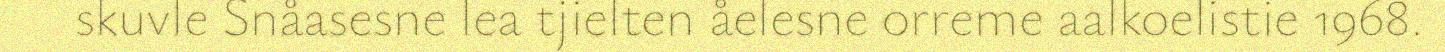
skuvle Snåasesne lea tjielten åelesne orreme aalkoelistie 1968.